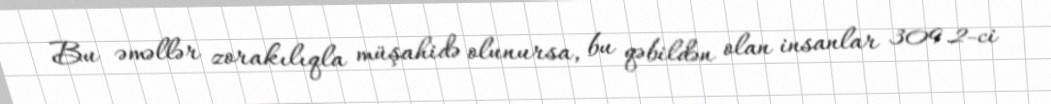
Bu əməllər zorakılıqla müşahidə olunursa, bu qəbildən olan insanlar 309.2-ci